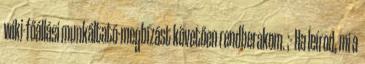
wiki-főállási munkáltató-megbízást követően rendberakom. ;- Ha leírod, mi a